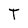
Character: T